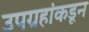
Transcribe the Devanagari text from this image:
उपग्रहांकडून